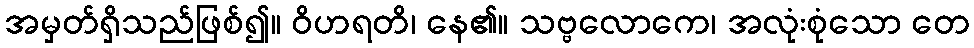
အမှတ်ရှိသည်ဖြစ်၍။ ဝိဟရတိ၊ နေ၏။ သဗ္ဗလောကေ၊ အလုံးစုံသော တေ